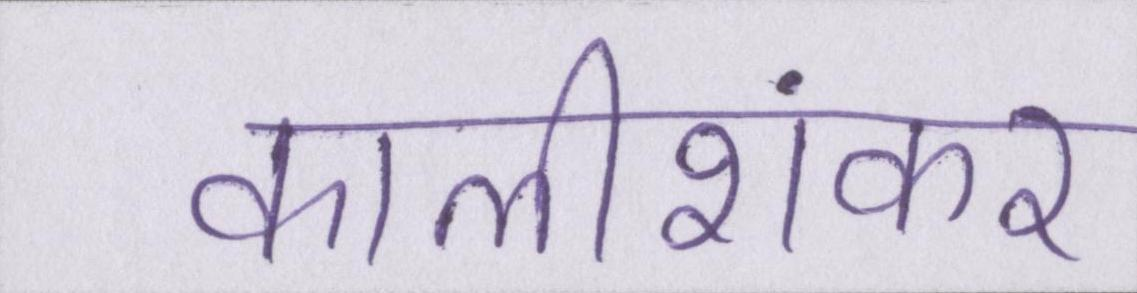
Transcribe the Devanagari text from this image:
कालीशंकर